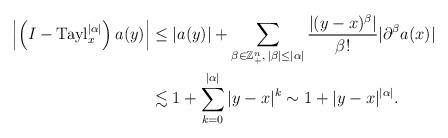
LaTeX: \begin{align*}\left|\left(I-\operatorname{Tayl}_x^{|\alpha|}\right)a(y)\right|&\leq|a(y)|+\sum_{\beta\in\mathbb{Z}_+^n,\,|\beta|\leq|\alpha|}\frac{|(y-x)^\beta|}{\beta!}|\partial^\beta a(x)|\\&\lesssim1+\sum_{k=0}^{|\alpha|}|y-x|^k\sim1+|y-x|^{|\alpha|}.\end{align*}